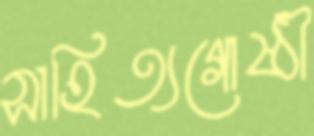
সাহিত্যগোষ্ঠী